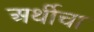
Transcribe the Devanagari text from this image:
अर्थीचा